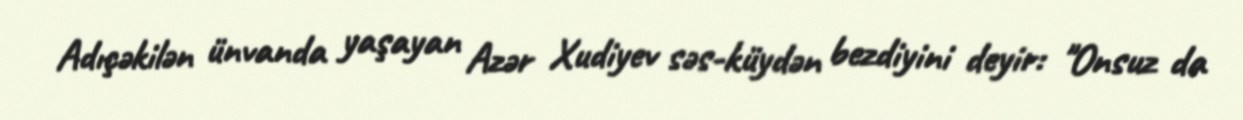
Adıçəkilən ünvanda yaşayan Azər Xudiyev səs-küydən bezdiyini deyir: "Onsuz da